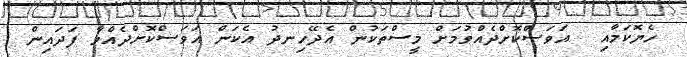
ހެޔޮކަމާއި  އަވަސްކޮށްދެއްވުމަށް މީސްތަކުން އެދޭހިނދު އެކަން އަވަސްކޮށްދެއްވާ ފަދައިން